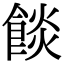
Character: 餤